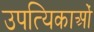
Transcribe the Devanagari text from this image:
उपत्यिकाओं